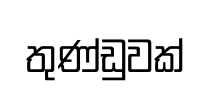
තුණ්ඩුවක්